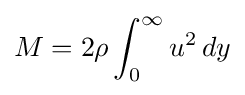
M=2\rho \int _{0}^{\infty }u^{2}\,dy